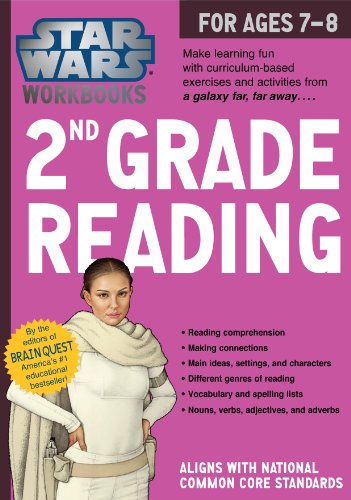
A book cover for Star Wars Workbook: 2nd Grade Reading (Star Wars Workbooks); Workman Publishing; Children's Books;